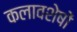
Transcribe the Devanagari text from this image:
कलावशेषों